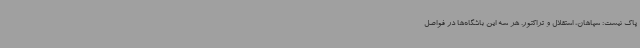
پاک نیست؛ سپاهان، استقلال و تراکتور. هر سه این باشگاه‌ها در فواصل